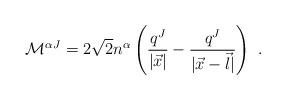
LaTeX: \begin{align*}{\cal M}^{\alpha J }= 2 \sqrt 2 n^\alpha \left( \frac{q ^J }{|\vec x|} -\frac{q ^J }{|\vec x-\vec l |} \right) \ .\end{align*}